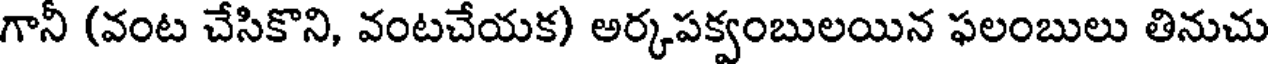
గానీ (వంట చేసికొని, వంటచేయక) అర్కపక్వంబులయిన ఫలంబులు తినుచు